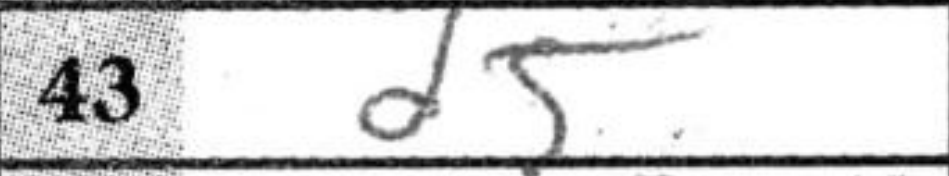
Transcription: d5